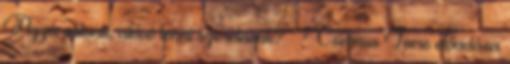
Azzá válunk, akivé lenni szeretnénk? – Csernus Imre előadása